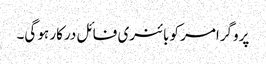
پروگرامر کو بائنری فائل درکار ہو گی۔